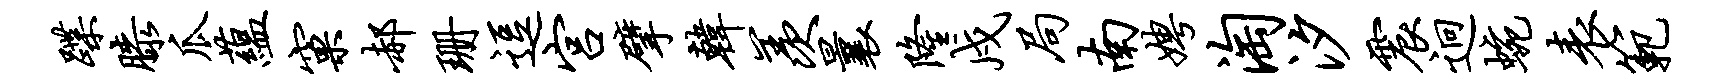
蹀膝瓜蕴窠郝珊逗宫擘韩羡曩隆戍局南娉淘汐震迥蜿表范